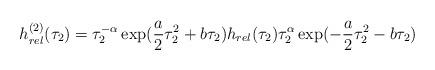
LaTeX: \begin{align*}h_{rel}^{(2)}(\tau_2) = \tau_2^{-\alpha} \exp(\frac{a}{2}\tau_2^2+b\tau_2)h_{rel}(\tau_2) \tau_2^{\alpha} \exp(-\frac{a}{2}\tau_2^2-b\tau_2)\end{align*}